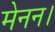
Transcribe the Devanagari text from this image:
मेनन।